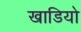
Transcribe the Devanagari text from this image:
खाडियो